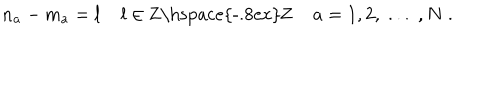
n _ { a } - m _ { a } = l \; l \in \mathrm { Z \hspace { - . 8 e x } Z } \; a = 1 , 2 , \; . . . \; , N \; .